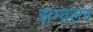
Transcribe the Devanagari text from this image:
सम्वलन